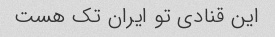
این قنادی تو ایران تک هست